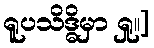
ရူပသိဒ္ဓိမှာ ရှု။]